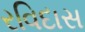
રવિદાસ